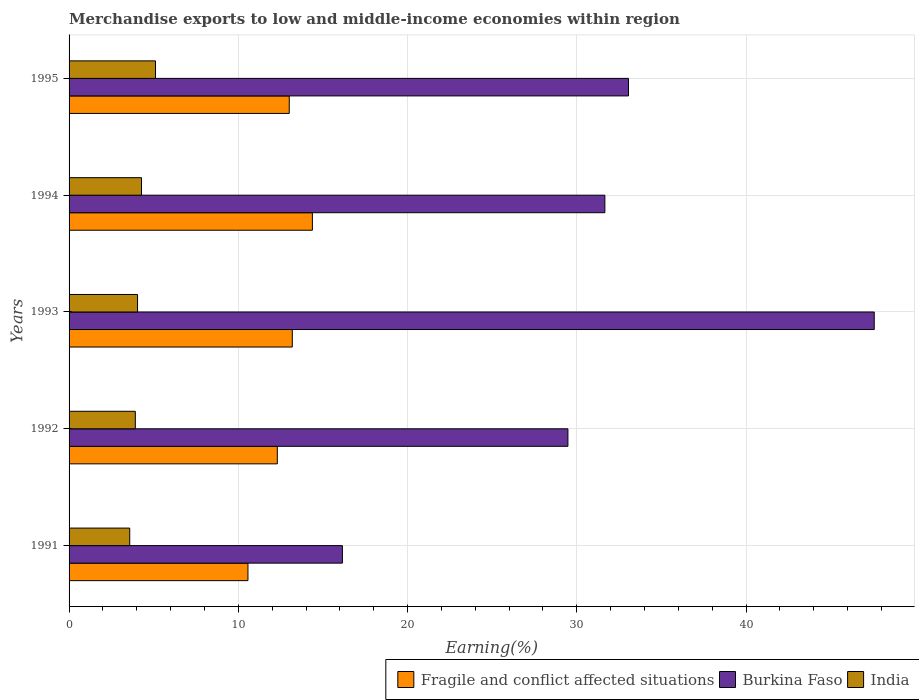
| Years | Fragile and conflict affected situations | Burkina Faso | India |
 | --- | --- | --- | --- |
 | 1991 | 10.6 | 16.2 | 3.58 |
 | 1992 | 12.3 | 29.5 | 3.91 |
 | 1993 | 13.2 | 47.6 | 4.05 |
 | 1994 | 14.4 | 31.7 | 4.28 |
 | 1995 | 13 | 33.1 | 5.11 |